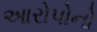
આરોપોનો